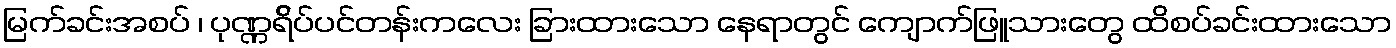
မြက်ခင်းအစပ် ၊ ပုဏ္ဏရ်ိပ်ပင်တန်းကလေး ခြားထားသော နေရာတွင် ကျောက်ဖြူသားတွေ ထိစပ်ခင်းထားသော